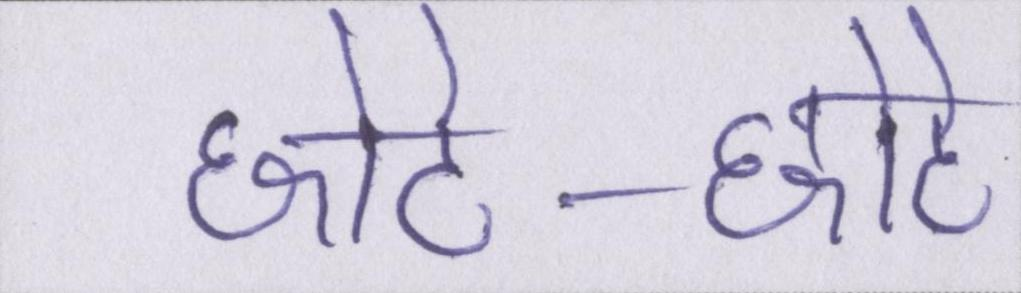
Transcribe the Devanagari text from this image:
छोटे-छोटे